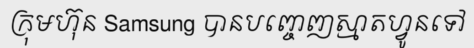
ក្រុមហ៊ុន Samsung បានបញ្ចេញស្មាតហ្វូនទៅ